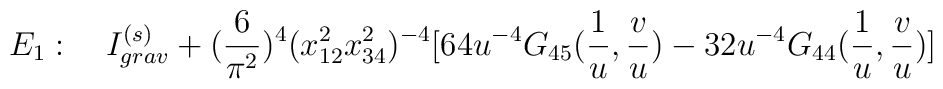
E_1: \quad I^{(s)}_{grav} +  (\frac{6}{\pi^2})^4 (x_{12}^2 x_{34}^2)^{-4} [64 u^{-4} G_{45}(\frac{1}{u}, \frac{v}{u}) -32 u^{-4} G_{44}(\frac{1}{u},\frac{v}{u})]